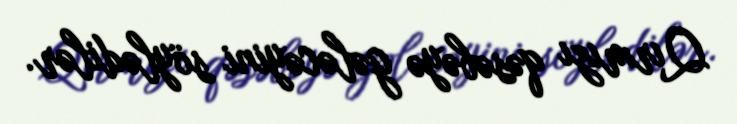
Qırmızı qəsəbəyə gələcəyini söylədilər.